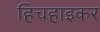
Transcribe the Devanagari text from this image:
हिचहाइकर